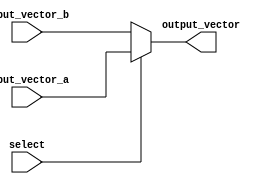
module vector_continuous_assignment (
    input wire [7:0] input_vector_a, // 8-bit input vector A
    input wire [7:0] input_vector_b, // 8-bit input vector B
    input wire select,                // Select signal to choose between input vectors
    output wire [7:0] output_vector   // 8-bit output vector
);

// Continuous assignment based on the select signal
assign output_vector = (select) ? input_vector_a : input_vector_b;

endmodule